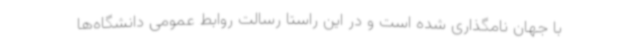
با جهان نامگذاری شده است و در این راستا رسالت روابط عمومی دانشگاه‌ها